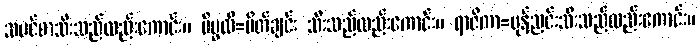
သမင်စာသီးသည်လည်းကောင်း။ ပိပ္ဖလိ=ပိတ်ချင်း သီးသည်လည်းကောင်း။ ရာဇိကာ=မုန်ညင်းသီးသည်လည်းကောင်း။